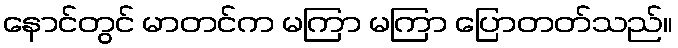
နောင်တွင် မာတင်က မကြာ မကြာ ပြောတတ်သည်။